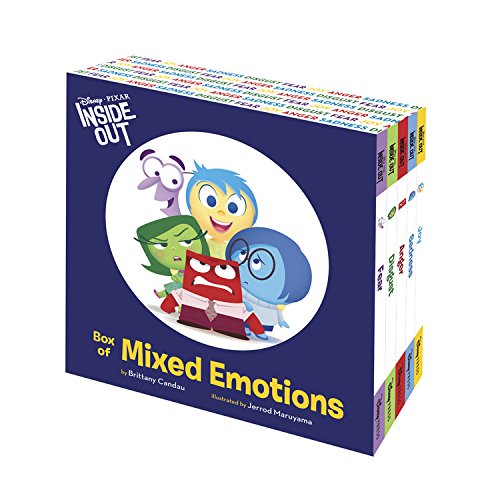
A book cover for Inside Out Box of Mixed Emotions; Disney Book Group; Children's Books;